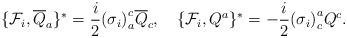
\begin{align*}\lbrace {\cal F}_i , {\overline{Q}}_a \rbrace^{\ast} =\frac{i}{2} {(\sigma_i)}^{c}_a {\overline{Q}}_c, \quad\lbrace {\cal F}_i , Q^a \rbrace^{\ast} =- \frac{i}{2} {(\sigma_i)}^{a}_c Q^c.\end{align*}